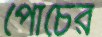
পোচের